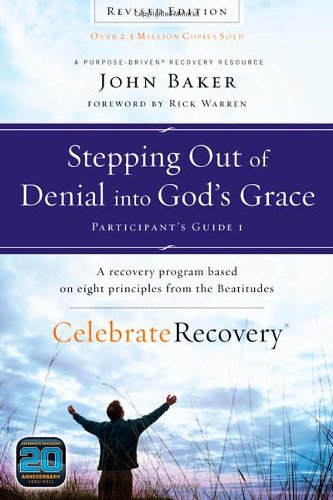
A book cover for Stepping Out of Denial into God's Grace Participant's Guide 1: A Recovery Program Based on Eight Principles from the Beatitudes (Celebrate Recovery); John Baker; Christian Books & Bibles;